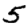
Digit: 5